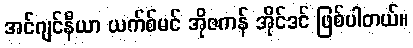
အင်ဂျင်နီယာ ယက်စ်မင် အိုဇကန် အိုင်ဒင် ဖြစ်ပါတယ်။